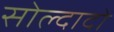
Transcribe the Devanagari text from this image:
सोल्दादो